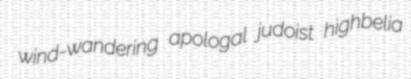
wind-wandering apologal judoist highbelia